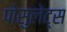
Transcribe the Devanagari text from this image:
पोसुलेट्स